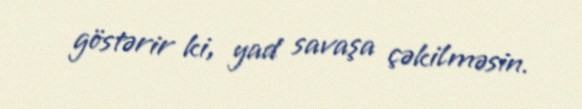
göstərir ki, yad savaşa çəkilməsin.